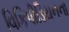
વિકિપીડિયનના